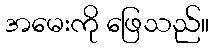
အမေးကို ဖြေသည်။